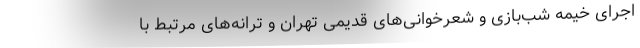
اجرای خیمه شب‌بازی و شعرخوانی‌های قدیمی تهران و ترانه‌های مرتبط با